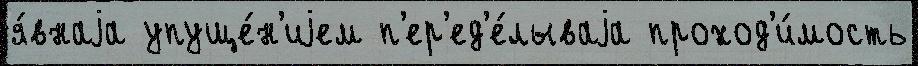
я́внаjа упуще́н'иjем п'ер'ед'е́лываjа проход'и́мость